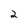
Character: 2